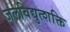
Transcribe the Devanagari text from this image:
जलविद्युत्शक्ति